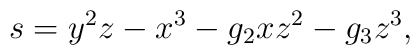
s=y^{2}z - x^{3} - g_{2}xz^{2} -g_{3}z^{3},